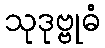
သုဒုဗ္ဗုဓံ